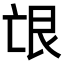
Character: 𦫋